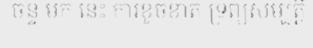
ចន្ទ មក នេះ ការខូចខាត ទ្រព្យសម្បត្តិ